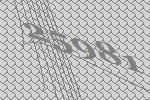
25981